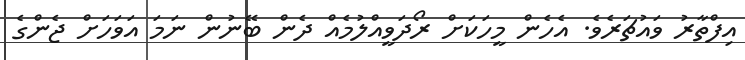
އިފްތާރު ވައުޗަރެވެ. އެހެން މީހަކަށް ރޯދަވީއްލުމެއް ދެން ބޭނުން ނަމަ އަވަހަށް ޖެންގެ